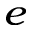
^ e